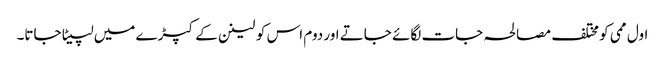
اول ممی کو مختلف مصالحہ جات لگائے جاتے اور دوم اس کو لینن کے کپڑے میں لپیٹا جاتا۔